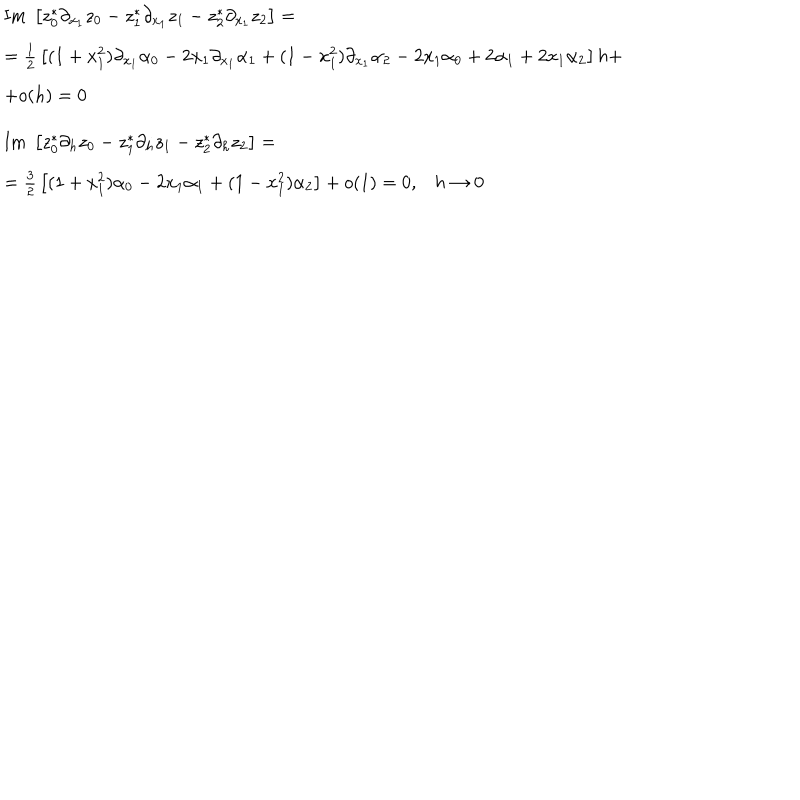
LaTeX: \begin{array} { l } { { \mathrm { I m } \; \left[ z _ { 0 } ^ { * } \partial _ { x _ { 1 } } z _ { 0 } - z _ { 1 } ^ { * } \partial _ { x _ { 1 } } z _ { 1 } - z _ { 2 } ^ { * } \partial _ { x _ { 1 } } z _ { 2 } \right] = } } \\ { { = { \frac { 1 } { 2 } } \left[ ( 1 + x _ { 1 } ^ { 2 } ) \partial _ { x _ { 1 } } \alpha _ { 0 } - 2 x _ { 1 } \partial _ { x _ { 1 } } \alpha _ { 1 } + ( 1 - x _ { 1 } ^ { 2 } ) \partial _ { x _ { 1 } } \alpha _ { 2 } - 2 x _ { 1 } \alpha _ { 0 } + 2 \alpha _ { 1 } + 2 x _ { 1 } \alpha _ { 2 } \right] h + } } \\ { { + o ( h ) = 0 } } \\ { { \mathrm { I m } \; \left[ z _ { 0 } ^ { * } \partial _ { h } z _ { 0 } - z _ { 1 } ^ { * } \partial _ { h } z _ { 1 } - z _ { 2 } ^ { * } \partial _ { h } z _ { 2 } \right] = } } \\ { { = { \frac { 3 } { 2 } } \left[ ( 1 + x _ { 1 } ^ { 2 } ) \alpha _ { 0 } - 2 x _ { 1 } \alpha _ { 1 } + ( 1 - x _ { 1 } ^ { 2 } ) \alpha _ { 2 } \right] + o ( 1 ) = 0 , h \to 0 } } \\ \end{array}